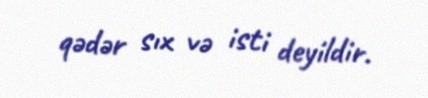
qədər sıx və isti deyildir.